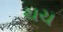
ચચ